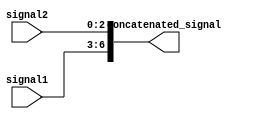
module concat_example (
    input wire [3:0] signal1,
    input wire [2:0] signal2,
    output reg [6:0] concatenated_signal
);

always @(*) begin
    concatenated_signal = {signal1, signal2};
end

endmodule